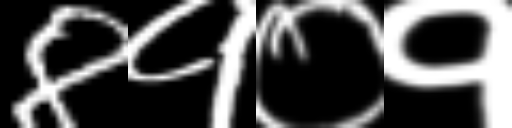
Text: 8१०१